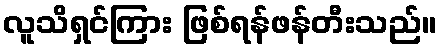
လူသိရှင်ကြား ဖြစ်ရန်ဖန်တီးသည်။